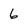
Character: 6